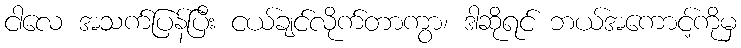
ငါလေ အသက်ပြန်ပြီး ငယ်ချင်လိုက်တာကွာ၊ ဒါဆိုရင် ဘယ်အကောင့်ကိုမှ